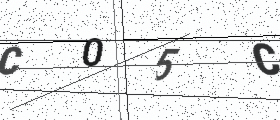
Text: C05C